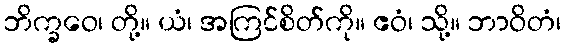
ဘိက္ခဝေ၊ တို့။ ယံ၊ အကြင်စိတ်ကို။ ဧဝံ၊ သို့။ ဘာဝိတံ၊